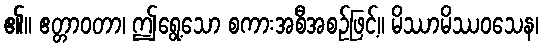
၏။ ဧတ္တာဝတာ၊ ဤရွေ့သော စကားအစီအစဉ်ဖြင့်။ မိဿာမိဿဝသေန၊